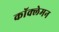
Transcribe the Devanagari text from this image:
कॉक्लेमन